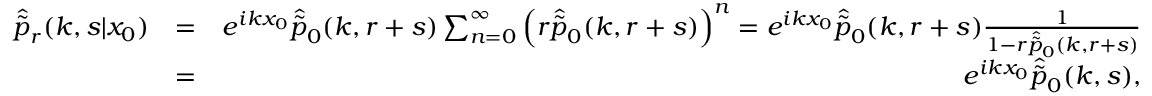
\begin{array} { r l r } { \hat { \tilde { p } } _ { r } ( k , s | x _ { 0 } ) } & { = } & { e ^ { i k x _ { 0 } } \hat { \tilde { p } } _ { 0 } ( k , r + s ) \sum _ { n = 0 } ^ { \infty } \left( r \hat { \tilde { p } } _ { 0 } ( k , r + s ) \right) ^ { n } = e ^ { i k x _ { 0 } } \hat { \tilde { p } } _ { 0 } ( k , r + s ) \frac { 1 } { 1 - r \hat { \tilde { p } } _ { 0 } ( k , r + s ) } } \\ & { = } & { e ^ { i k x _ { 0 } } \hat { \tilde { p } } _ { 0 } ( k , s ) , } \end{array}